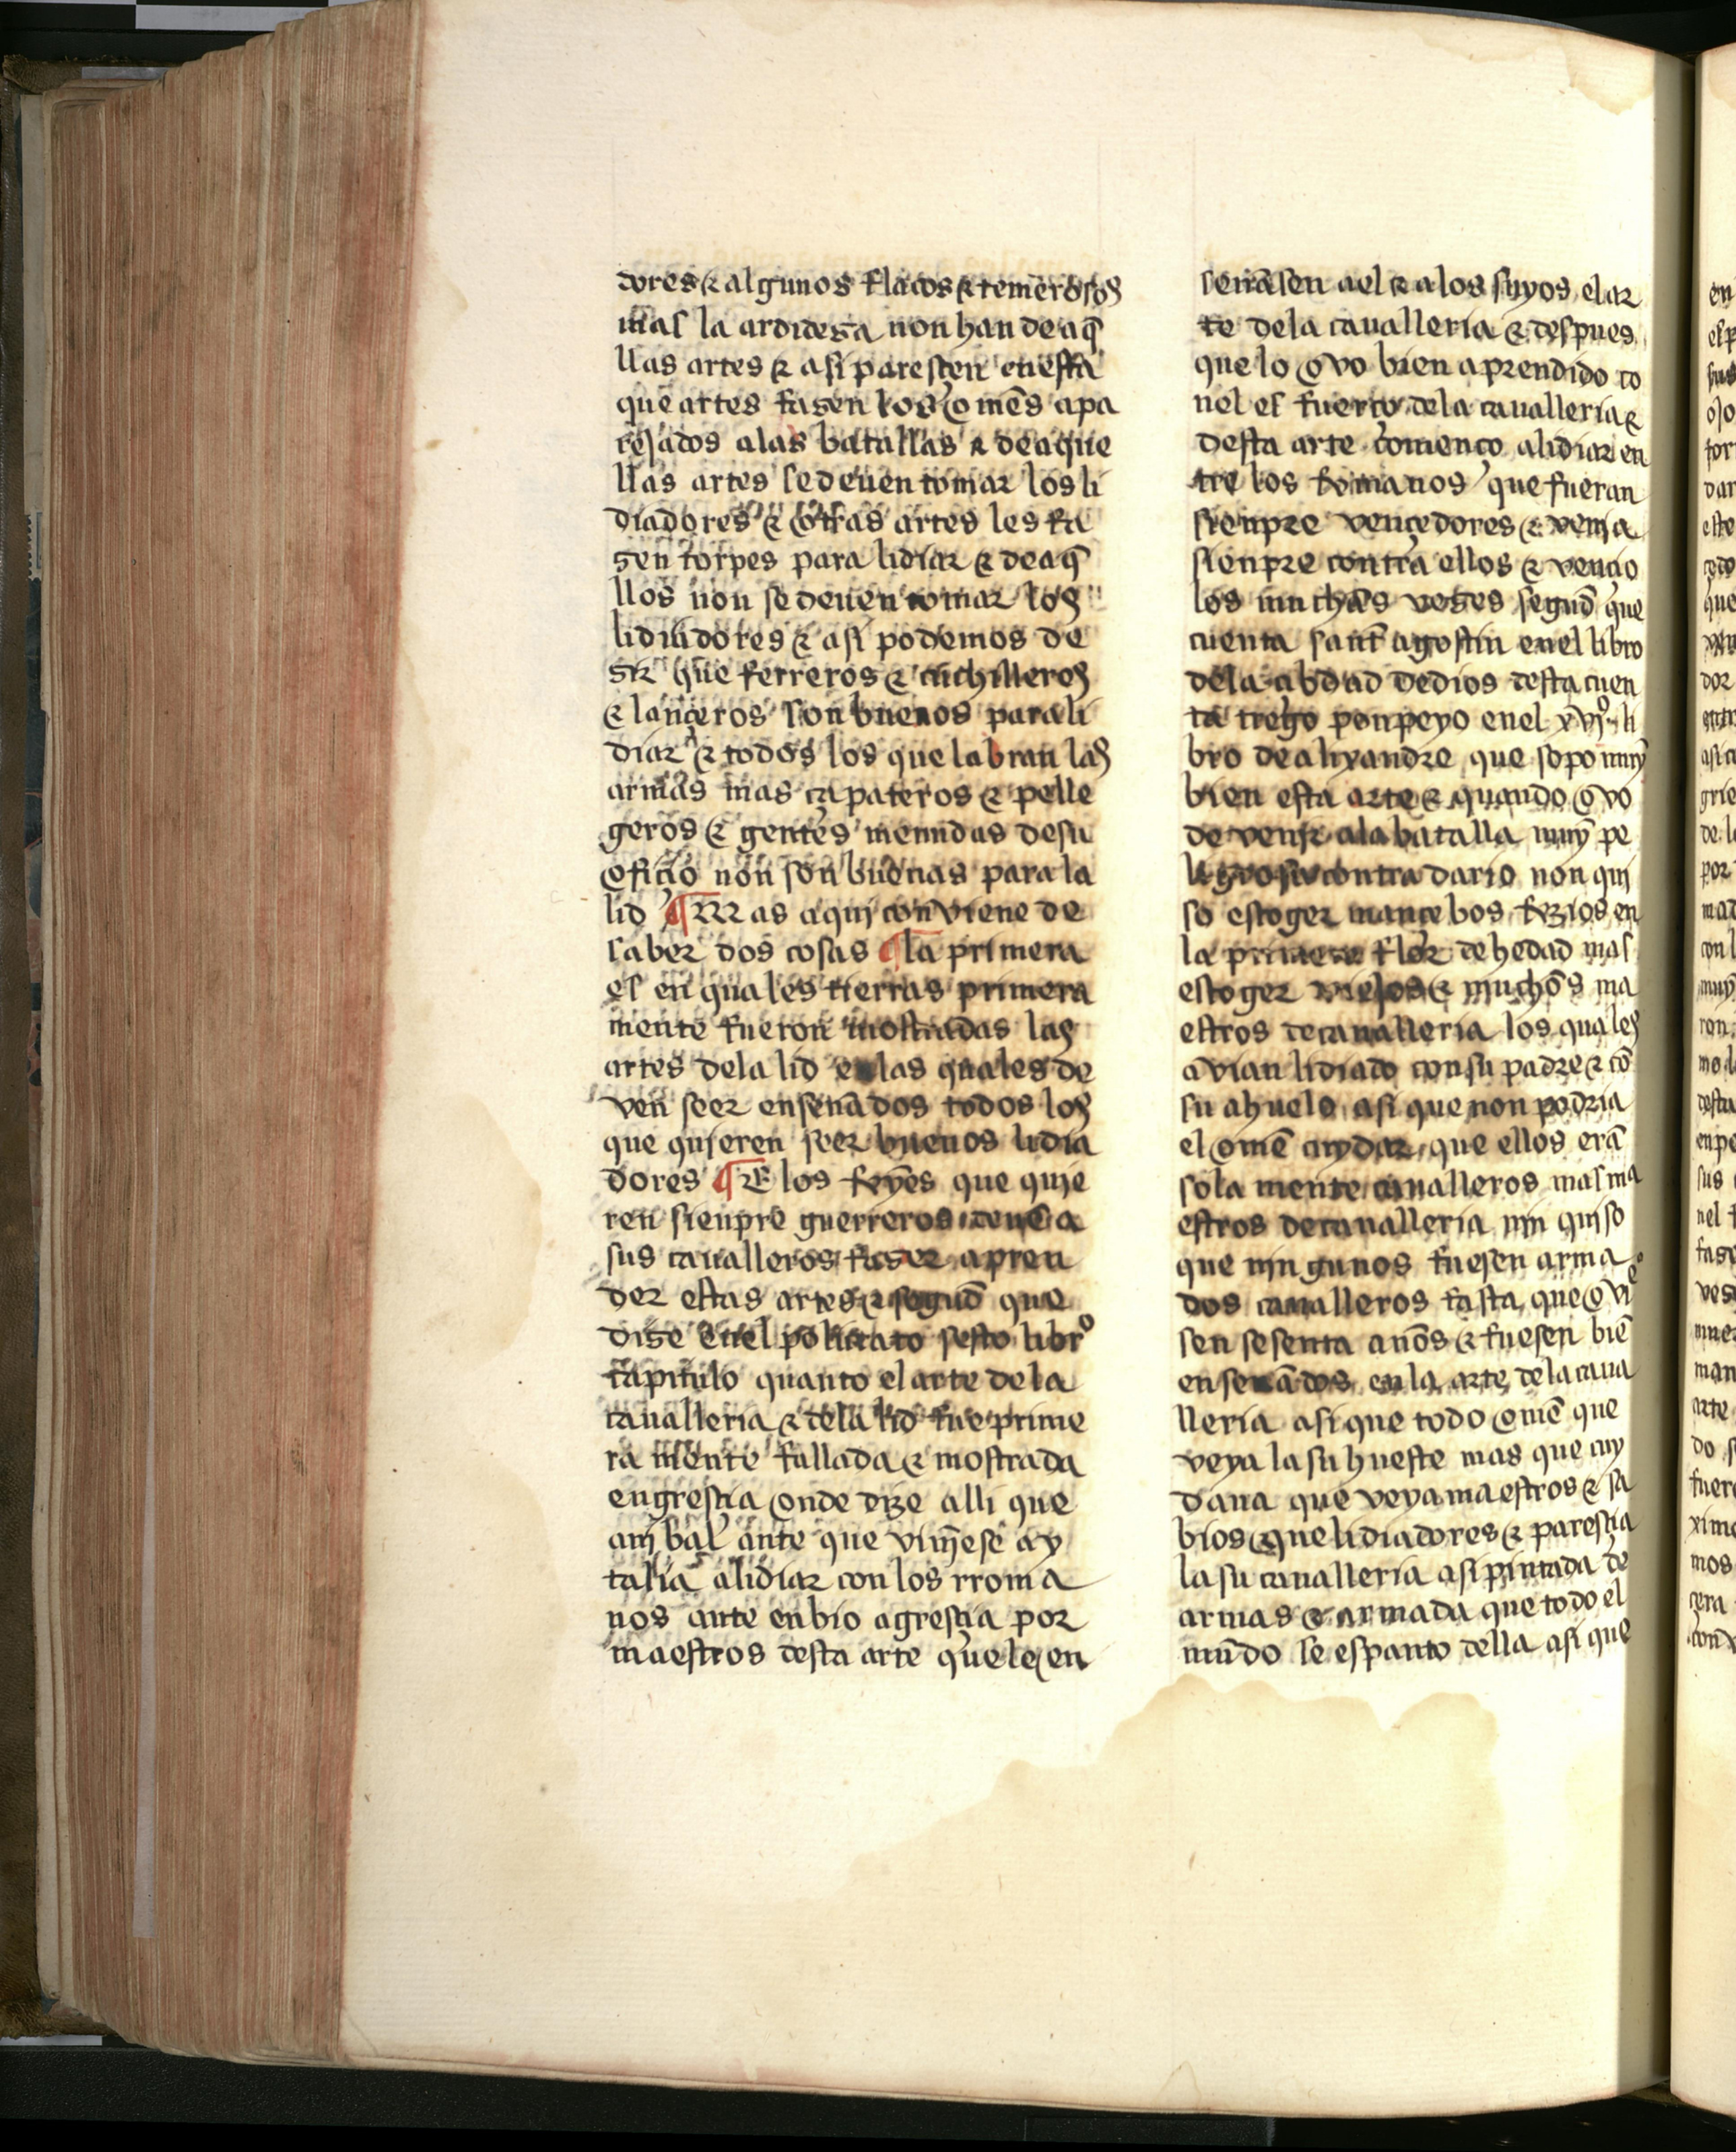
Shelfmark: Salamanca, Biblioteca Histórica USAL, 2709
Century: 15